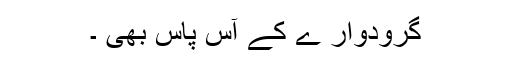
گرودوار ے کے آس پاس بھی ۔